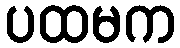
ပထမက